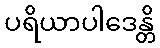
ပရိယာပါဒေန္တိ